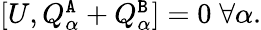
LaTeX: \begin{array}{r}{[U,Q_{\alpha}^{\tt A}+Q_{\alpha}^{\tt B}]=0\; \forall\alpha.}\end{array}